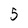
Character: 5